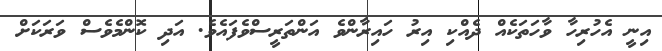
އިނީ އެހުރިހާ ވާހަތަކެއް ދެއްކި އިރު ހައިރާންވެ އަންތަރީސްވެފައެވެ. އަދި ކޮންމެވެސް ވަރަކަށް